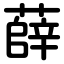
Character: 薛